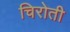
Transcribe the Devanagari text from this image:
चिरोती